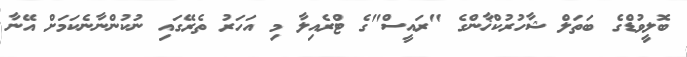
ބޮލީވުޑްގެ ބަތަލް ޝާހުރުކްޚާންގެ "ރައީސް"ގެ ޓްރެއިލާ މި އަހަރު ތެރޭގައި ނުކުންނާނެކަމަށް އޭނާ